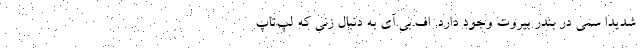
شدیداً سمی در بندر بیروت وجود دارد. اف.بی.آی به دنبال زنی که لپ‌تاپ